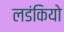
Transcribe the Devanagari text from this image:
लडंकियो